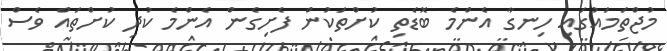
މުޖްތަމައުގައި ހިނގާ އެންމެ ބޮޑެތި ކުށްތަކުން ފެށިގެން އެންމެ ކުދި ކުށްތައް ވެސް